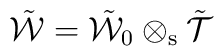
\tilde{\cal W}=\tilde{\cal W}_0\otimes_{\rm s}\tilde{{\cal T}}